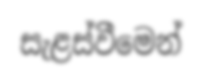
සැළස්වීමෙන්